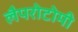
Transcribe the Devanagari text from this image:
लैपरोटोमी